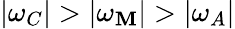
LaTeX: |\omega_{C}|>|\omega_{\mathbf{M}}|>|\omega_{A}|